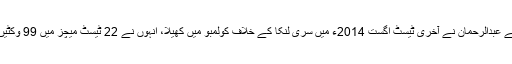
یاد رہے کہ اکتوبر 2007ء میں نیشنل اسٹیڈیم کراچی میں انضمام الحق کی قیادت میں ٹیسٹ ڈیبیو کرنے والے عبدالرحمان نے آخری ٹیسٹ اگست 2014ء میں سری لنکا کے خلاف کولمبو میں کھیلا، انہوں نے 22 ٹیسٹ میچز میں 99 وکٹیں حاصل کیں اور صرف ایک وکٹ کی کمی سے وہ وکٹوں کی ٹیسٹ کرکٹ میں سنچری نہ مکمل کر سکے۔